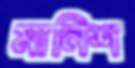
মানিশ